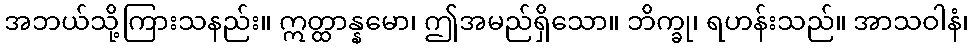
အဘယ်သို့ကြားသနည်း။ ဣတ္ထာန္နမော၊ ဤအမည်ရှိသော။ ဘိက္ခု၊ ရဟန်းသည်။ အာသဝါနံ၊